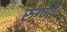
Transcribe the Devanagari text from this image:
रुग्णों